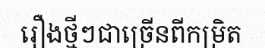
រឿងថ្មីៗជាច្រើនពីកម្រិត